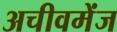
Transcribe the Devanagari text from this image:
अचीवमेंज